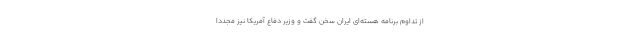
از تداوم برنامه‌ هسته‌ای ایران سخن گفت و وزیر دفاع آمریکا نیز مجددا